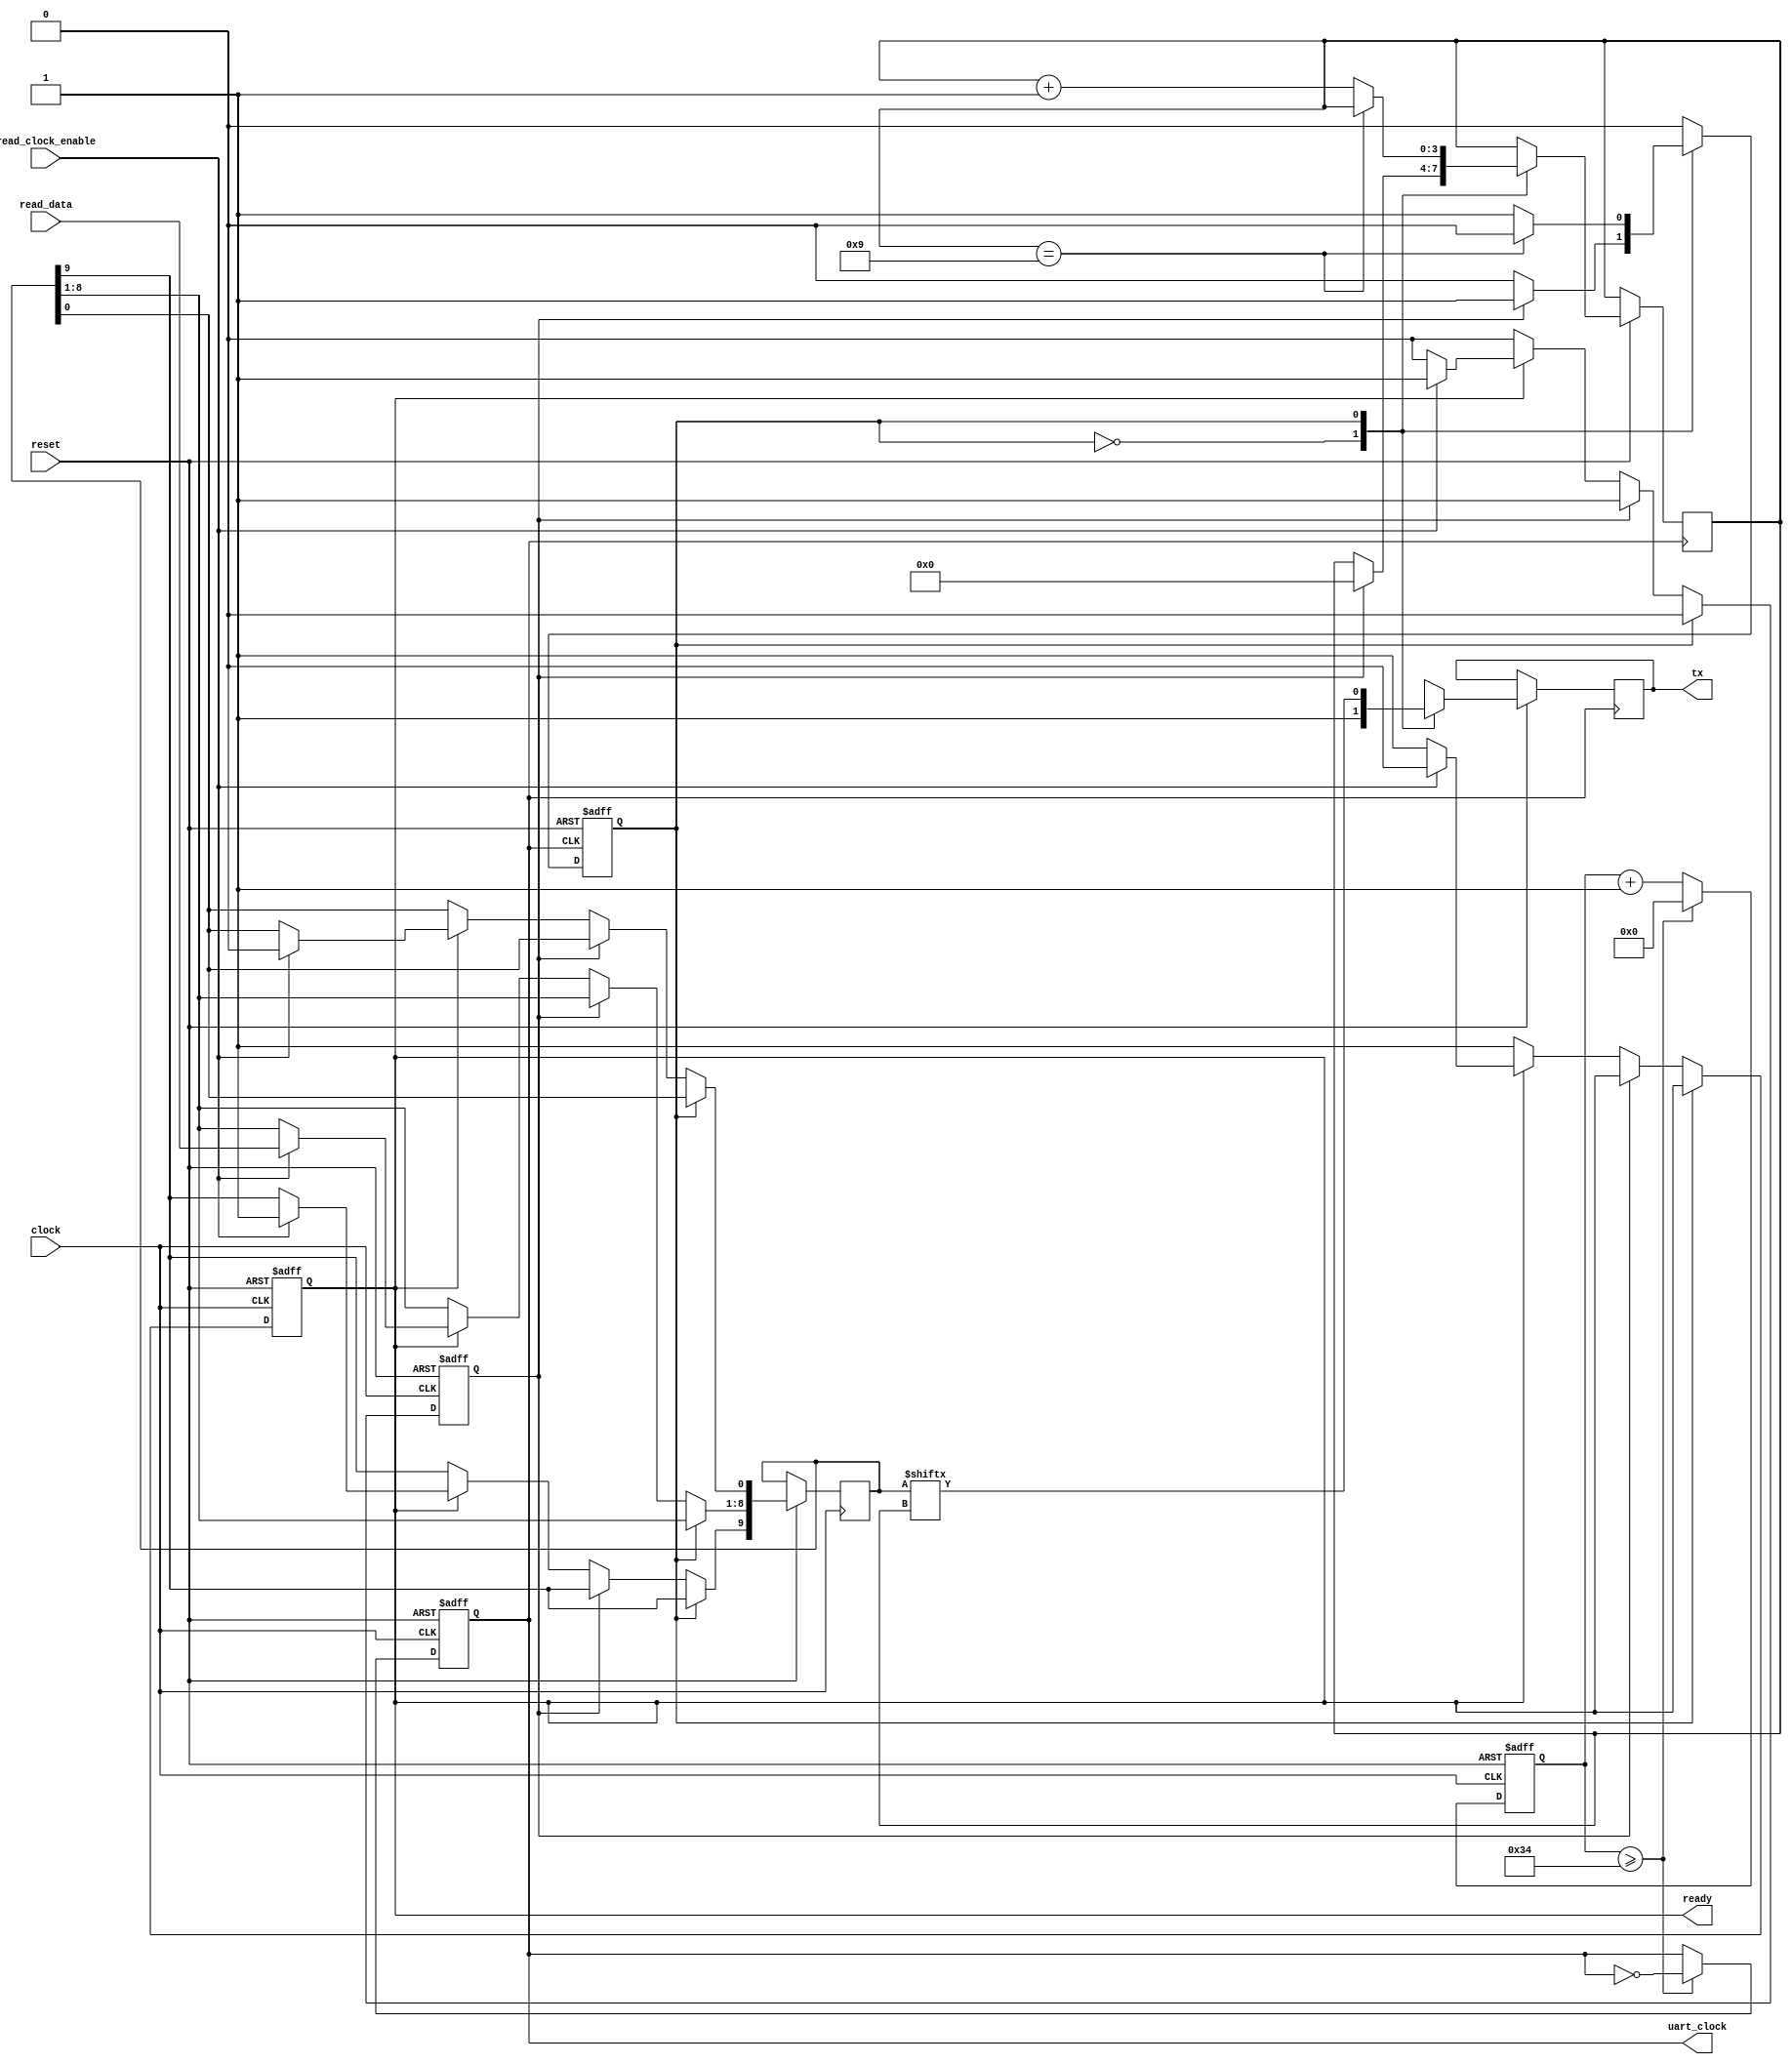
module uart_tx_15 #(parameter CLOCK_FREQ = 12_000_000, BAUD_RATE = 115_200)
	(
	input clock,
	input [7:0] read_data,
	input read_clock_enable,
	input reset, 
	output reg ready, 
	output reg tx,
	output reg uart_clock);
	reg [9:0] data;
	localparam CLOCKS_PER_BIT = CLOCK_FREQ / BAUD_RATE / 2;
	reg [24:0] divider;
	reg new_data;
	reg state;
	reg [3:0] bit_pos; 
	localparam IDLE = 1'h0, DATA = 1'h1;
	always @(negedge reset or posedge clock) begin
		if (~reset) begin
			uart_clock <= 0;
			divider <= 0;
		end
		else if (divider >= CLOCKS_PER_BIT) begin
			divider <= 0;
			uart_clock <= ~uart_clock;
		end
		else
			divider <= divider + 1;
	end
	always @(negedge clock or negedge reset) begin
		if (~reset) begin
			ready <= 0;
			new_data <= 0;
		end
		else begin
			if (state == IDLE) begin
				if (~new_data)
					if (~ready)
						ready <= 1;
					else if (read_clock_enable) begin
						data[0] <= 0;
						data[8:1] <= read_data;
						data[9] <= 1;
						new_data <= 1;
						ready <= 0;
					end
			end
			else
				new_data <= 0;
		end
	end
	always @(negedge uart_clock or negedge reset) begin
		if (~reset) begin
			state <= IDLE;
		end
		else begin
			case (state)
				IDLE: begin
					tx <= 1;
					if (new_data) begin
						state <= DATA;
						bit_pos <= 0;
					end
				end
				DATA: begin
					tx <= data[bit_pos];
					if (bit_pos == 9)
						state <= IDLE;
					else
						bit_pos <= bit_pos + 1;
				end
			endcase
		end
	end
endmodule